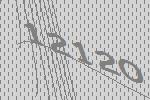
12120